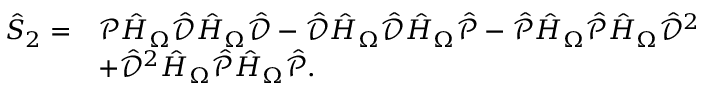
\begin{array} { r l } { \hat { S } _ { 2 } = } & { \mathcal { P } \hat { H } _ { \Omega } \hat { \mathcal { D } } \hat { H } _ { \Omega } \hat { \mathcal { D } } - \hat { \mathcal { D } } \hat { H } _ { \Omega } \hat { \mathcal { D } } \hat { H } _ { \Omega } \hat { \mathcal { P } } - \hat { \mathcal { P } } \hat { H } _ { \Omega } \hat { \mathcal { P } } \hat { H } _ { \Omega } \hat { \mathcal { D } } ^ { 2 } } \\ & { + \hat { \mathcal { D } } ^ { 2 } \hat { H } _ { \Omega } \hat { \mathcal { P } } \hat { H } _ { \Omega } \hat { \mathcal { P } } . } \end{array}